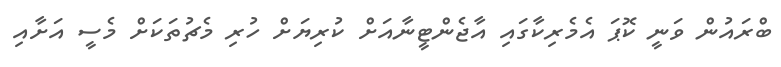
ބްރައުން ވަނީ ކޮޕަ އެމެރިކާގައި އާޖެންޓީނާއަށް ކުރިޔަށް ހުރި މެޗުތަކަށް މެސީ އަށާއި